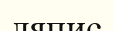
ляпис